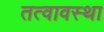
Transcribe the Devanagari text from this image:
तत्वावस्था